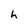
Character: h